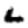
Digit: 6